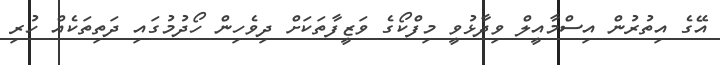
އޭގެ އިތުރުން އިސްމާއީލް ވިދާޅުވީ މިފްކޯގެ ވަޒީފާތަކަށް ދިވެހިން ހޯދުމުގައި ދަތިތަކެއް ހުރި